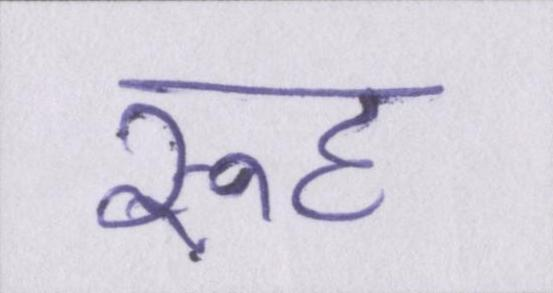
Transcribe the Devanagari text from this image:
रूह